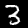
Digit: 3